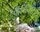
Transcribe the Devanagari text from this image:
फॅचिनेटी